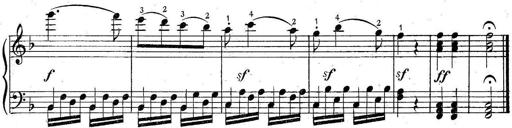
Title: 6 Easy Sonatinas
Composer: Carl Czerny